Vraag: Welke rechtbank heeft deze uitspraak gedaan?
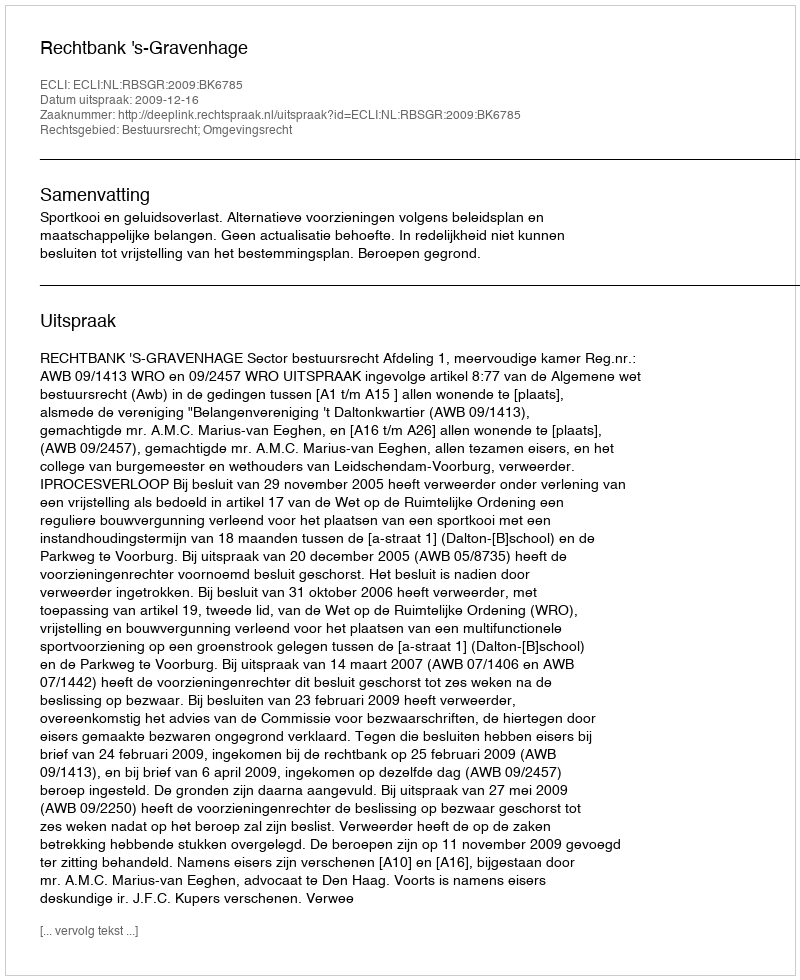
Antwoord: Rechtbank 's-Gravenhage